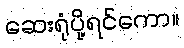
ဆေးရုံပို့ရင်ကော။